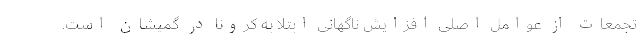
تجمعات از عوامل اصلی افزایش ناگهانی ابتلا به کرونا در گمیشان است.